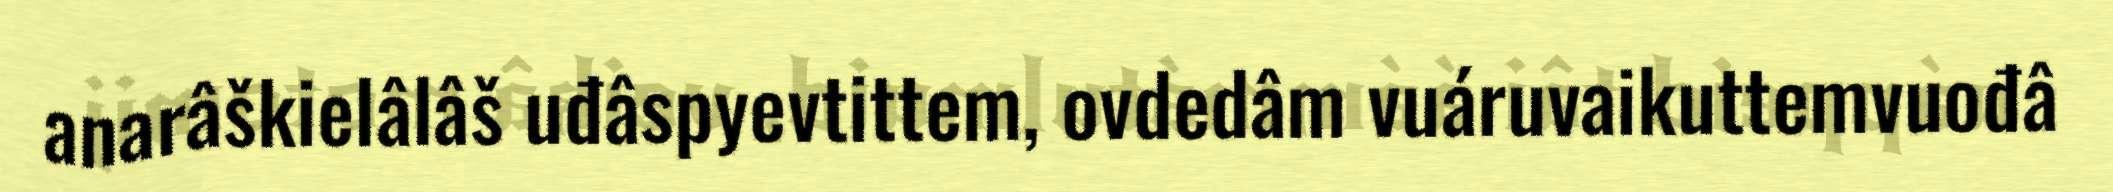
anarâškielâlâš uđâspyevtittem, ovdedâm vuáruvaikuttemvuođâ